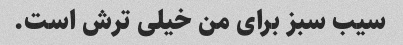
سیب سبز برای من خیلی ترش است.